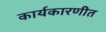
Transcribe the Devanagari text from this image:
कार्यकारणीत